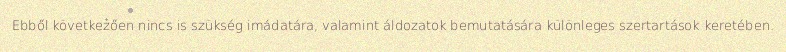
Ebből következően nincs is szükség imádatára, valamint áldozatok bemutatására különleges szertartások keretében.